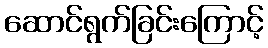
ဆောင်ရွက်ခြင်းကြောင့်